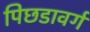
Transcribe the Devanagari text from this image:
पिछडावर्ग